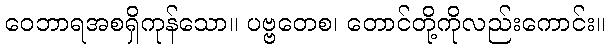
ဝေဘာရအစရှိကုန်သော။ ပဗ္ဗတေစ၊ တောင်တို့ကိုလည်းကောင်း။